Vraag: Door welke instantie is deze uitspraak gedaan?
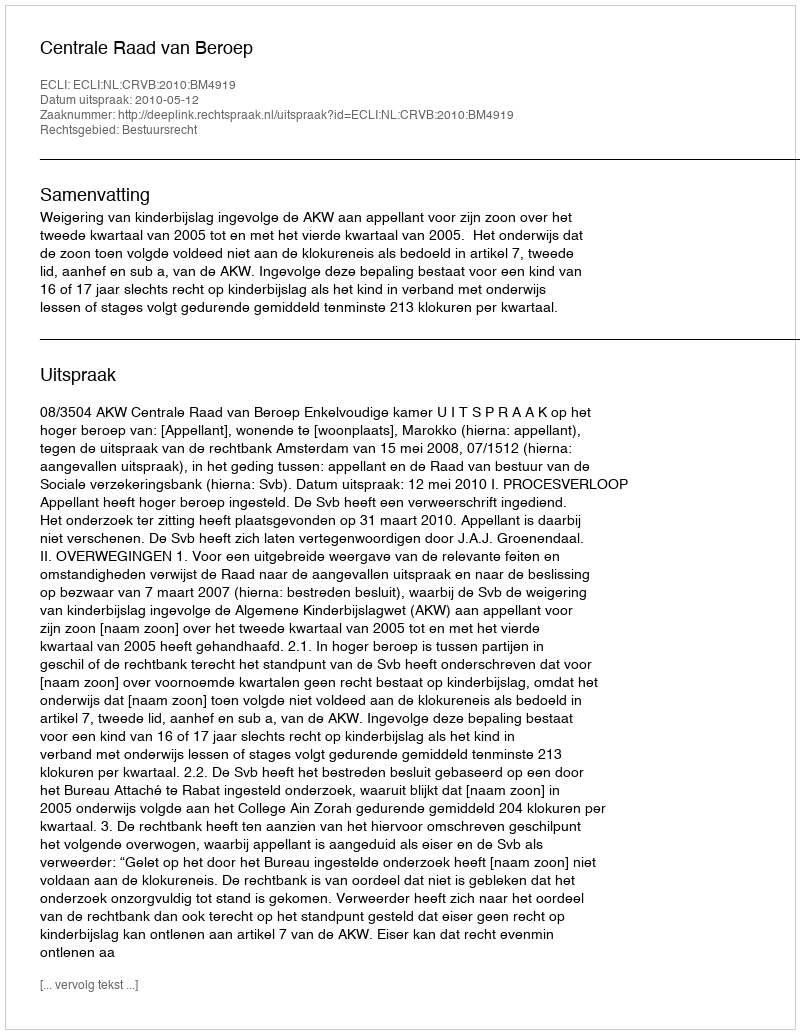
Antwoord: Centrale Raad van Beroep